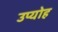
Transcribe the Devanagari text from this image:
उप्योह